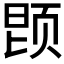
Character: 𬱝